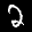
Label: 2